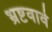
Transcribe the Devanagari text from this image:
भ्रष्टवावे